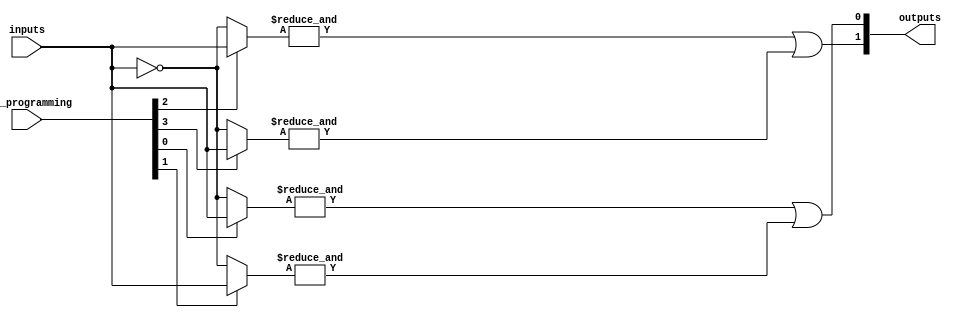
module FusedPAL #(
    parameter NUM_INPUTS = 4,    // Number of input lines
    parameter NUM_AND_GATES = 4,  // Number of programmable AND gates
    parameter NUM_OR_GATES = 2     // Number of fixed OR gates
)(
    input wire [NUM_INPUTS-1:0] inputs, // Input signals
    input wire [NUM_AND_GATES-1:0] and_programming, // Programming signals for AND gates
    output wire [NUM_OR_GATES-1:0] outputs // Output signals
);

// Internal signals for AND gate outputs
wire [NUM_AND_GATES-1:0] and_outputs;

// Programmable AND Array
genvar i;
generate
    for (i = 0; i < NUM_AND_GATES; i = i + 1) begin : and_array
        wire [NUM_INPUTS-1:0] and_inputs;
        
        // Connect inputs based on programming
        assign and_inputs = (and_programming[i]) ? inputs : ~inputs; // Example programming logic
        
        // AND gate implementation
        assign and_outputs[i] = &and_inputs; // AND operation on selected inputs
    end
endgenerate

// Fixed OR Array
assign outputs[0] = and_outputs[0] | and_outputs[1]; // OR gate 1
assign outputs[1] = and_outputs[2] | and_outputs[3]; // OR gate 2

endmodule